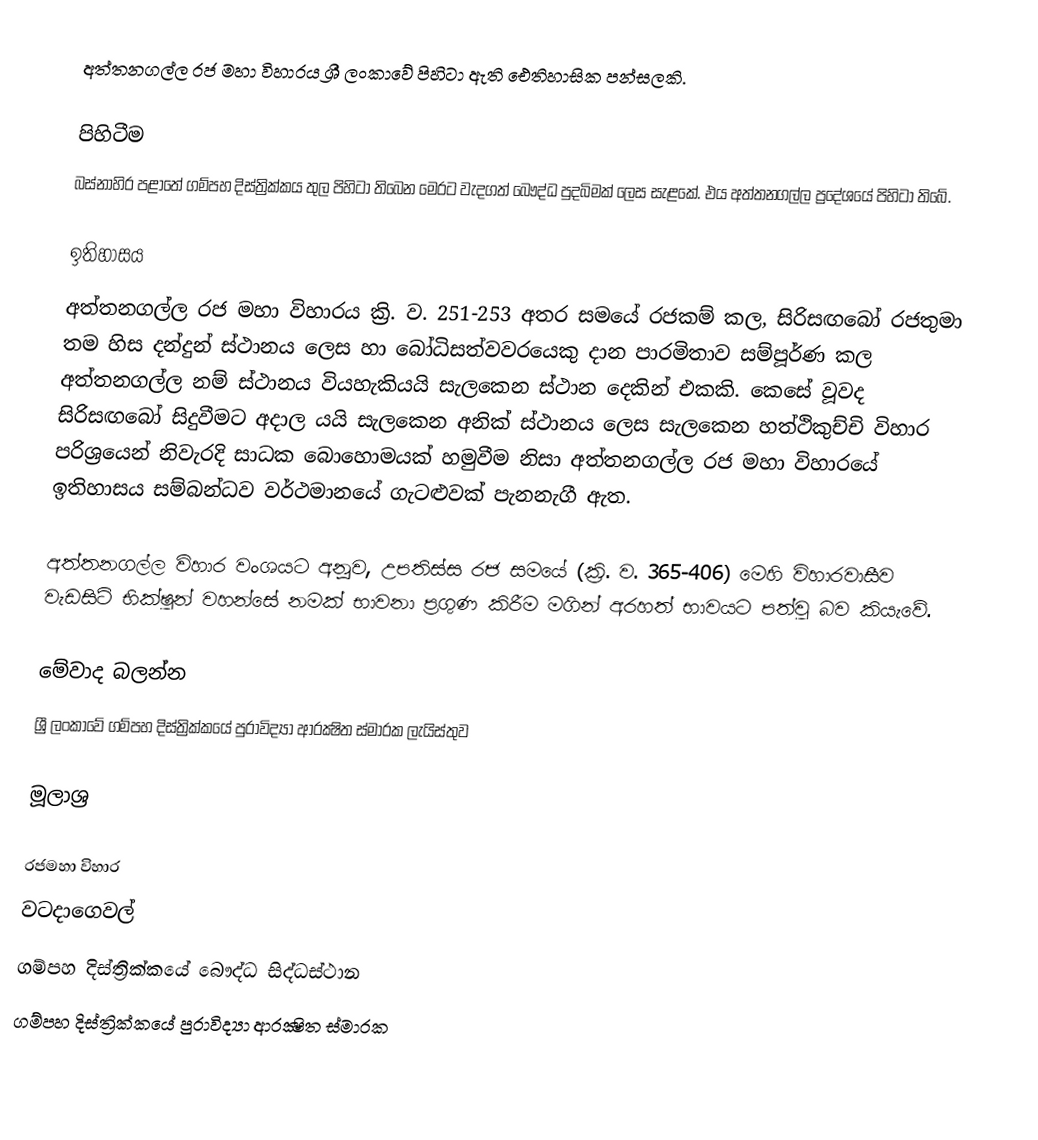
අත්තනගල්ල රජ මහා විහාරය ශ්‍රී ලංකාවේ පිහිටා ඇති ඓතිහාසික පන්සලකි.

පිහිටීම
බස්නාහිර පළාතේ ගම්පහ දිස්ත්‍රික්කය තුල පිහිටා තිබෙන  මෙරට වැදගත් බෞද්ධ පුදබිමක් ලෙස සැළකේ. එය අත්තනගල්ල ප්‍රදේශයේ පිහිටා තිබේ.

ඉතිහාසය
අත්තනගල්ල රජ මහා විහාරය ක්‍රි. ව. 251-253 අතර සමයේ රජකම් කල, සිරිසඟබෝ රජතුමා තම හිස දන්දුන් ස්ථානය ලෙස හා බෝධිසත්වවරයෙකු දාන පාරමිතාව සම්පූර්ණ කල අත්තනගල්ල නම් ස්ථානය වියහැකියයි සැලකෙන ස්ථාන දෙකින් එකකි. කෙසේ වූවද සිරිසඟබෝ සිදුවීමට අදාල යයි සැලකෙන අනික් ස්ථානය ලෙස සැලකෙන හත්ථිකුච්චි විහාර පරිශ්‍රයෙන් නිවැරදි සාධක බොහොමයක්  හමුවීම නිසා අත්තනගල්ල රජ මහා විහාරයේ ඉතිහාසය සම්බන්ධව වර්ථමානයේ ගැටළුවක් පැනනැගී ඇත.

අත්තනගල්ල විහාර වංශයට අනූව, උපතිස්ස රජ සමයේ (ක්‍රි. ව. 365-406) මෙහි විහාරවාසීව වැඩසිටි භික්ෂූන් වහන්සේ නමක් භාවනා ප්‍රගුණ කිරීම මගින් අරහත් භාවයට පත්වූ බව කියැවේ.

මේවාද බලන්න
ශ්‍රී ලංකාවේ ගම්පහ දිස්ත්‍රික්කයේ පුරාවිද්‍යා ආරක්‍ෂිත ස්මාරක ලැයිස්තුව

මූලාශ්‍ර

රජමහා විහාර
වටදාගෙවල්
ගම්පහ දිස්ත්‍රික්කයේ බෞද්ධ සිද්ධස්ථාන‎
ගම්පහ දිස්ත්‍රික්කයේ පුරාවිද්‍යා ආරක්‍ෂිත ස්මාරක